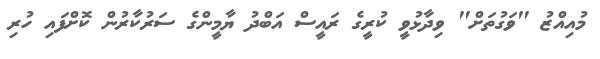
މުއިއްޒު "ވަގުތަށް" ވިދާޅުވީ ކުރީގެ ރައީސް އަބްދު ޔާމީންގެ ސަރުކާރުން ކޮށްފައި ހުރި